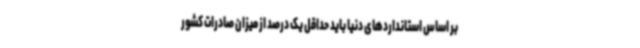
بر اساس استانداردهای دنیا باید حداقل یک درصد از میزان صادرات کشور